Lunatic asylums Bombay report 1878-1890 - 1878-1890
Year: 1878
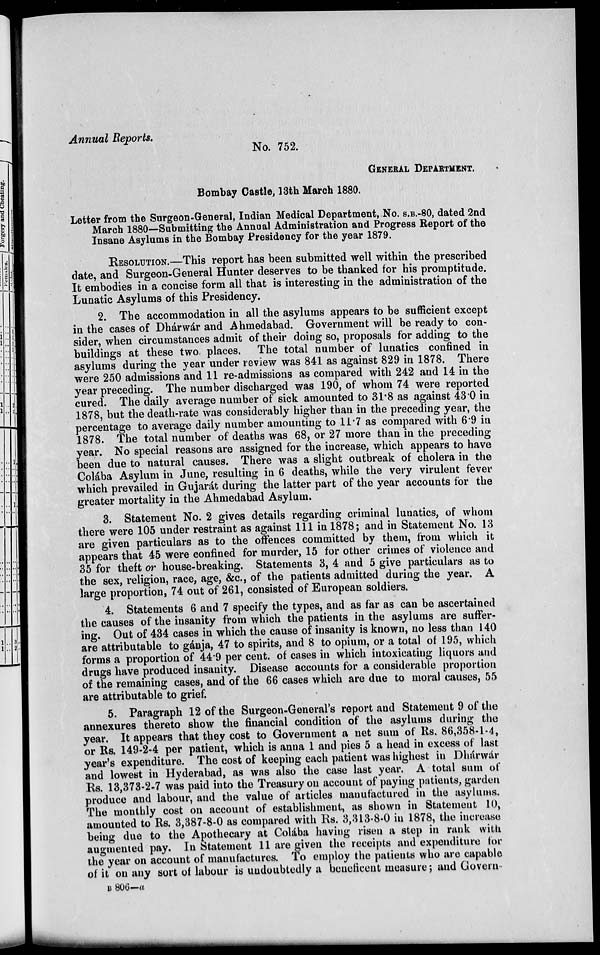
Annual Reports.
No. 752.
GENERAL DEPARTENT.
Bombay Castle, 13th March 1880.
Letter from the Surgeon-General, Indian Medical Department, No. S.B.-80, dated 2nd
March 1880—Submitting the Annual Administration and Progress Report of the
Insane Asylums in the Bombay Presidency for the year 1879.
RESOLUTION.—This report has been submitted well within the prescribed
date, and Surgeon-General Hunter deserves to be thanked for his promptitude.
It embodies in a concise form all that is interesting in the administration of the
Lunatic Asylums of this Presidency.
2. The accommodation in all the asylums appears to be sufficient except
in the cases of Dhárwár and Ahmedabad. Government will be ready to con-
sider, when circumstances admit of their doing so, proposals for adding to the
buildings at these two places. The total number of lunatics confined in
asylums during the year under review was 841 as against 829 in 1878. There
were 250 admissions and 11 re-admissions as compared with 242 and 14 in the
year preceding. The number discharged was 190, of whom 74 were reported
cured. The daily average number of sick amounted to 31.8 as against 43.0 in
1878, but the death-rate was considerably higher than in the preceding year, the
percentage to average daily number amounting to 11.7 as compared with 6.9 in
1878. The total number of deaths was 68, or 27 more than in the preceding
year. No special reasons are assigned for the increase, which appears to have
been due to natural causes. There was a slight outbreak of cholera in the
Colába Asylum in June, resulting in 6 deaths, while the very virulent fever
which prevailed in Gujarát during the latter part of the year accounts for the
greater mortality in the Ahmedabad Asylum.
3. Statement No. 2 gives details regarding criminal lunatics, of whom
there were 105 under restraint as against 111 in 1878; and in Statement No. 13
are given particulars as to the offences committed by them, from which it
appears that 45 were confined for murder, 15 for other crimes of violence and
35 for theft or house-breaking. Statements 3, 4 and 5 give particulars as to
the sex, religion, race, age, &c., of the patients admitted during the year. A
large proportion, 74 out of 261, consisted of European soldiers.
4. Statements 6 and 7 specify the types, and as far as can be ascertained
the causes of the insanity from which the patients in the asylums are suffer-
ing. Out of 434 cases in which the cause of insanity is known, no less than 140
are attributable to gánja, 47 to spirits, and 8 to opium, or a total of 195, which
forms a proportion of 44.9 per cent. of cases in which intoxicating liquors and
drugs have produced insanity. Disease accounts for a considerable proportion
of the remaining cases, and of the 66 cases which are due to moral causes, 55
are attributable to grief.
5. Paragraph 12 of the Surgeon-General's report and Statement 9 of the
annexures thereto show the financial condition of the asylums during the
year. It appears that they cost to Government a net sum of Rs. 86,358-1-4,
or Rs. 149-2-4 per patient, which is anna 1 and pies 5 a head in excess of last
year's expenditure. The cost of keeping each patient was highest in Dhárwár
and lowest in Hyderabad, as was also the case last year. A total sum of
Rs. 13,373-2-7 was paid into the Treasury on account of paying patients, garden
produce and labour, and the value of articles manufactured in the asylums.
The monthly cost on account of establishment, as shown in Statement 10,
amounted to Rs. 3,387-8-0 as compared with Rs. 3,313-8-0 in 1878, the increase
being due to the Apothecary at Colába having risen a step in rank with
augmented pay. In Statement 11 are given the receipts and expenditure for
the year on account of manufactures. To employ the patients who are capable
of it on any sort of labour is undoubtedly a beneficent measure; and Govern-
B 806—a